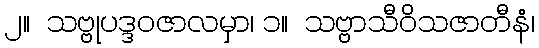
၂။  သဗ္ဗုပဒ္ဒဝဇာလမှာ၊ ၁။  သဗ္ဗာသီဝိသဇာတီနံ၊